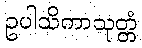
ဥပါသိကာသုတ္တံ